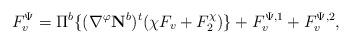
LaTeX: \begin{align*}F_v^\Psi=\Pi^b\{(\nabla^\varphi\mathbf{N}^b)^t(\chi F_v+F^\chi_2)\}+F_v^{\Psi,1}+F_v^{\Psi,2},\end{align*}